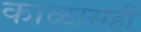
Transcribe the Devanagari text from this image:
काळासही